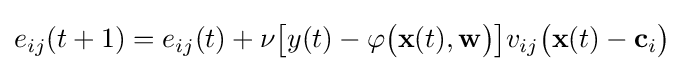
e_{ij}(t+1)=e_{ij}(t)+\nu {\big [}y(t)-\varphi {\big (}\mathbf {x} (t),\mathbf {w} {\big )}{\big ]}v_{ij}{\big (}\mathbf {x} (t)-\mathbf {c} _{i}{\big )}